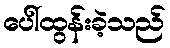
ပေါ်ထွန်းခဲ့သည်